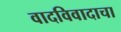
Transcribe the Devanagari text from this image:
वादविवादाचा